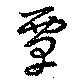
覃